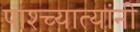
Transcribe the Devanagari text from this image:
पाश्च्यात्यांनी